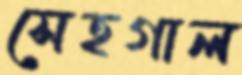
সেহগাল